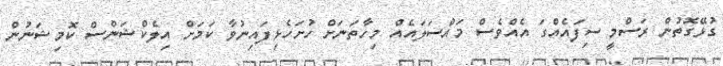
ގުޅޭގޮތުން ރަސްމީ ސިފައެއްގަ އެއްވެސް މައްސަލައެއް މިހާތަނަށް ހުށަހެޅިފައިނުވާ ކަމަށް އިލެކްޝަންސް ކޮމިޝަނުން